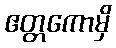
ဧတ္တကောမှိ